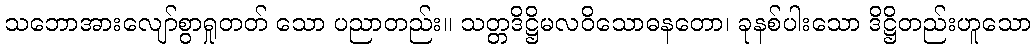
သဘောအားလျော်စွာရှုတတ် သော ပညာတည်း။ သတ္တဒိဋ္ဌိမလဝိသောဓနတော၊ ခုနစ်ပါးသော ဒိဋ္ဌိတည်းဟူသော